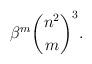
LaTeX: \begin{align*}\beta^{m}\binom{n^2}{m}^3.\end{align*}